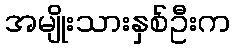
အမျိုးသားနှစ်ဦးက